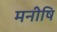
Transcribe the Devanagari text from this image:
मनीषि